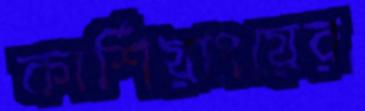
কার্শিয়াংয়ের